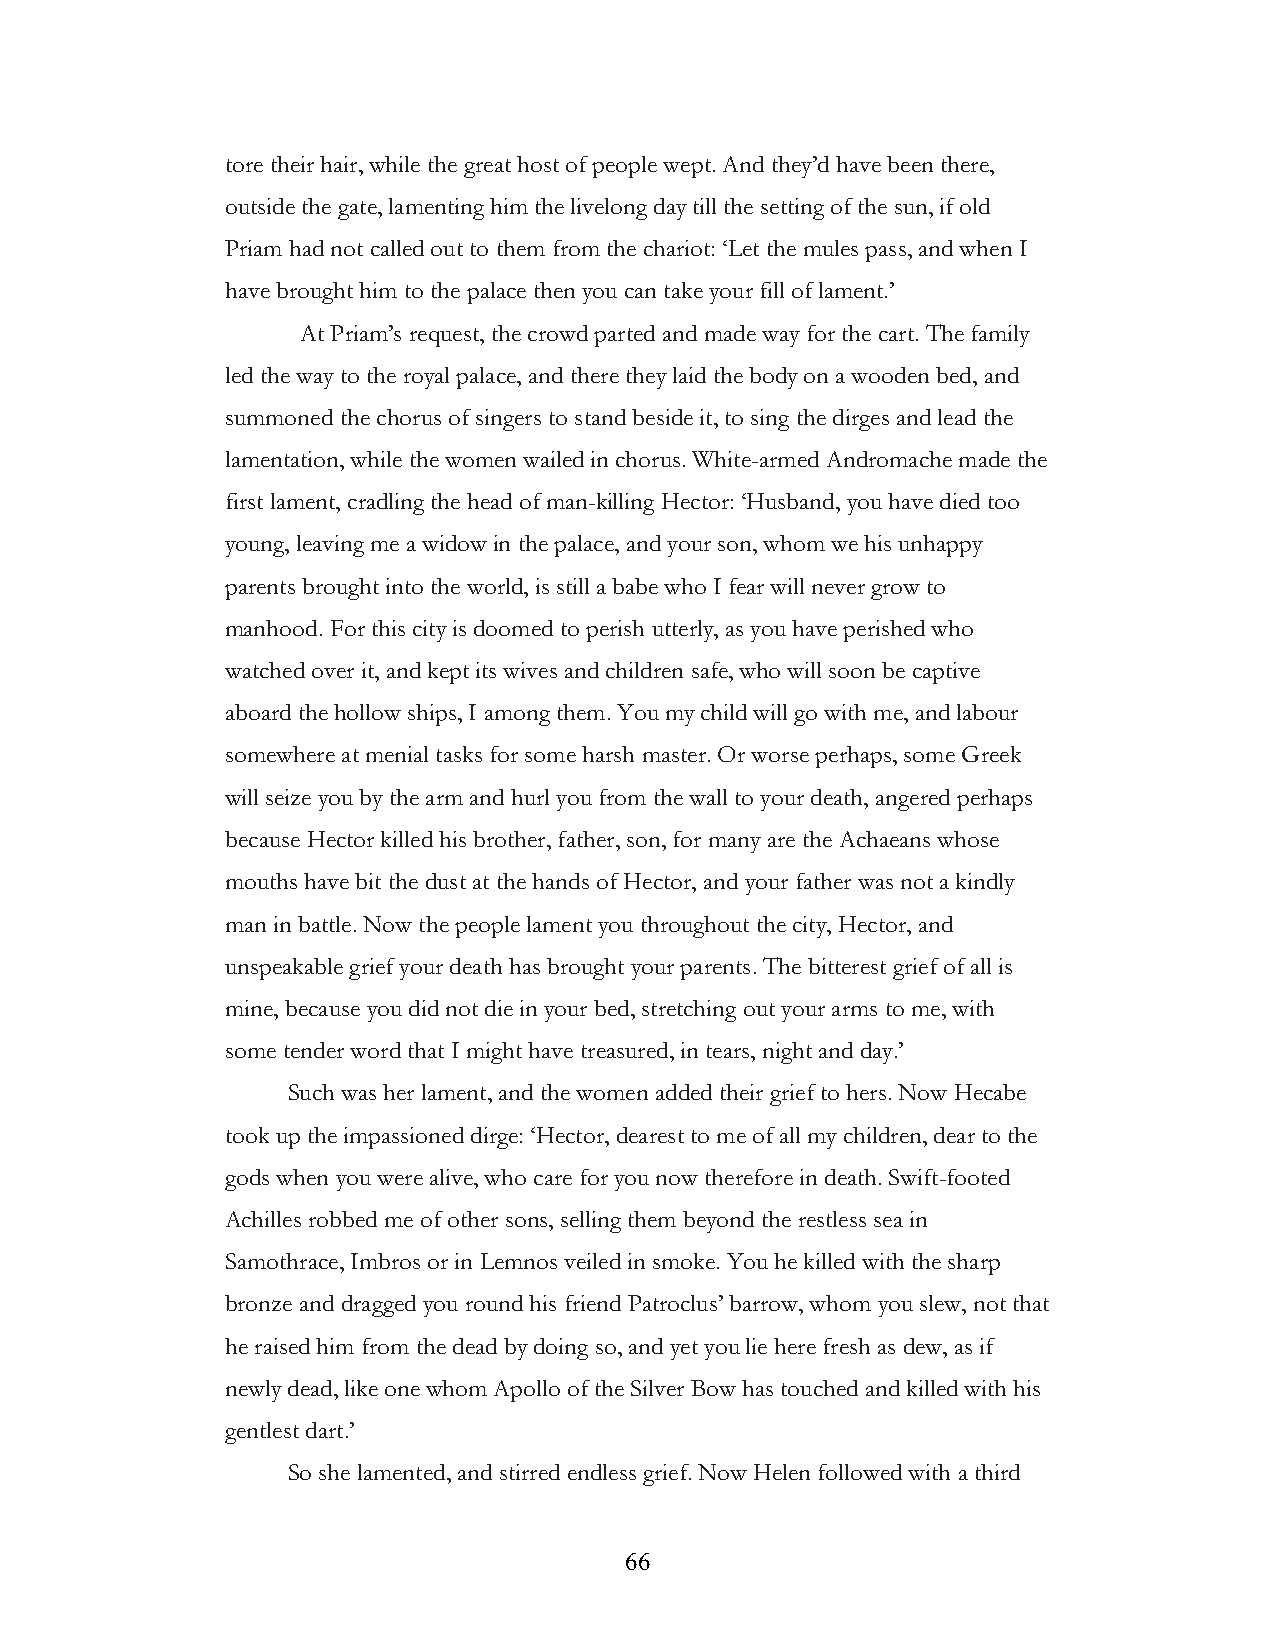
tore their hair, while the great host of people wept. And they’d have been there,
 outside the gate, lamenting him the livelong day till the setting of the sun, if old
 Priam had not called out to them from the chariot: ‘Let the mules pass, and when I
 have brought him to the palace then you can take your fill of lament.’
 At Priam’s request, the crowd parted and made way for the cart. The family
 led the way to the royal palace, and there they laid the body on a wooden bed, and
 summoned the chorus of singers to stand beside it, to sing the dirges and lead the
 lamentation, while the women wailed in chorus. White-armed Andromache made the
 first lament, cradling the head of man-killing Hector: ‘Husband, you have died too
 young, leaving me a widow in the palace, and your son, whom we his unhappy
 parents brought into the world, is still a babe who I fear will never grow to
 manhood. For this city is doomed to perish utterly, as you have perished who
 watched over it, and kept its wives and children safe, who will soon be captive
 aboard the hollow ships, I among them. You my child will go with me, and labour
 somewhere at menial tasks for some harsh master. Or worse perhaps, some Greek
 will seize you by the arm and hurl you from the wall to your death, angered perhaps
 because Hector killed his brother, father, son, for many are the Achaeans whose
 mouths have bit the dust at the hands of Hector, and your father was not a kindly
 man in battle. Now the people lament you throughout the city, Hector, and
 unspeakable grief your death has brought your parents. The bitterest grief of all is
 mine, because you did not die in your bed, stretching out your arms to me, with
 some tender word that I might have treasured, in tears, night and day.’
 Such was her lament, and the women added their grief to hers. Now Hecabe
 took up the impassioned dirge: ‘Hector, dearest to me of all my children, dear to the
 gods when you were alive, who care for you now therefore in death. Swift-footed
 Achilles robbed me of other sons, selling them beyond the restless sea in
 Samothrace, Imbros or in Lemnos veiled in smoke. You he killed with the sharp
 bronze and dragged you round his friend Patroclus’ barrow, whom you slew, not that
 he raised him from the dead by doing so, and yet you lie here fresh as dew, as if
 newly dead, like one whom Apollo of the Silver Bow has touched and killed with his
 gentlest dart.’
 So she lamented, and stirred endless grief. Now Helen followed with a third
 !                         66